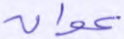
عوان